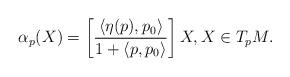
LaTeX: \begin{align*}\alpha_p(X) = \left[ \frac{\langle \eta(p), p_0 \rangle}{1 + \langle p, p_0 \rangle} \right] X, X \in T_p M.\end{align*}